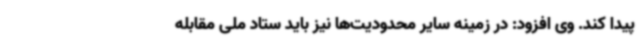
پیدا کند. وی افزود: در زمینه سایر محدودیت‌ها نیز باید ستاد ملی مقابله